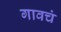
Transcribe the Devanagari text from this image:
गावचं